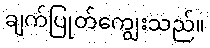
ချက်ပြုတ်ကျွေးသည်။